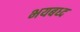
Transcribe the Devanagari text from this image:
भयबध्द